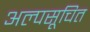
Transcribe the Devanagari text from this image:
अल्पसूचित